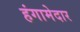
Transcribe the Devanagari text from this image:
हंगामेदार